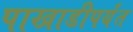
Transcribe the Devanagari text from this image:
पाखाडीपर्यंत